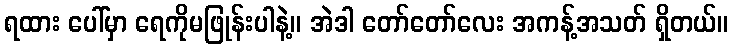
ရထား ပေါ်မှာ ရေကိုမဖြုန်းပါနဲ့။ အဲဒါ တော်တော်လေး အကန့်အသတ် ရှိတယ်။